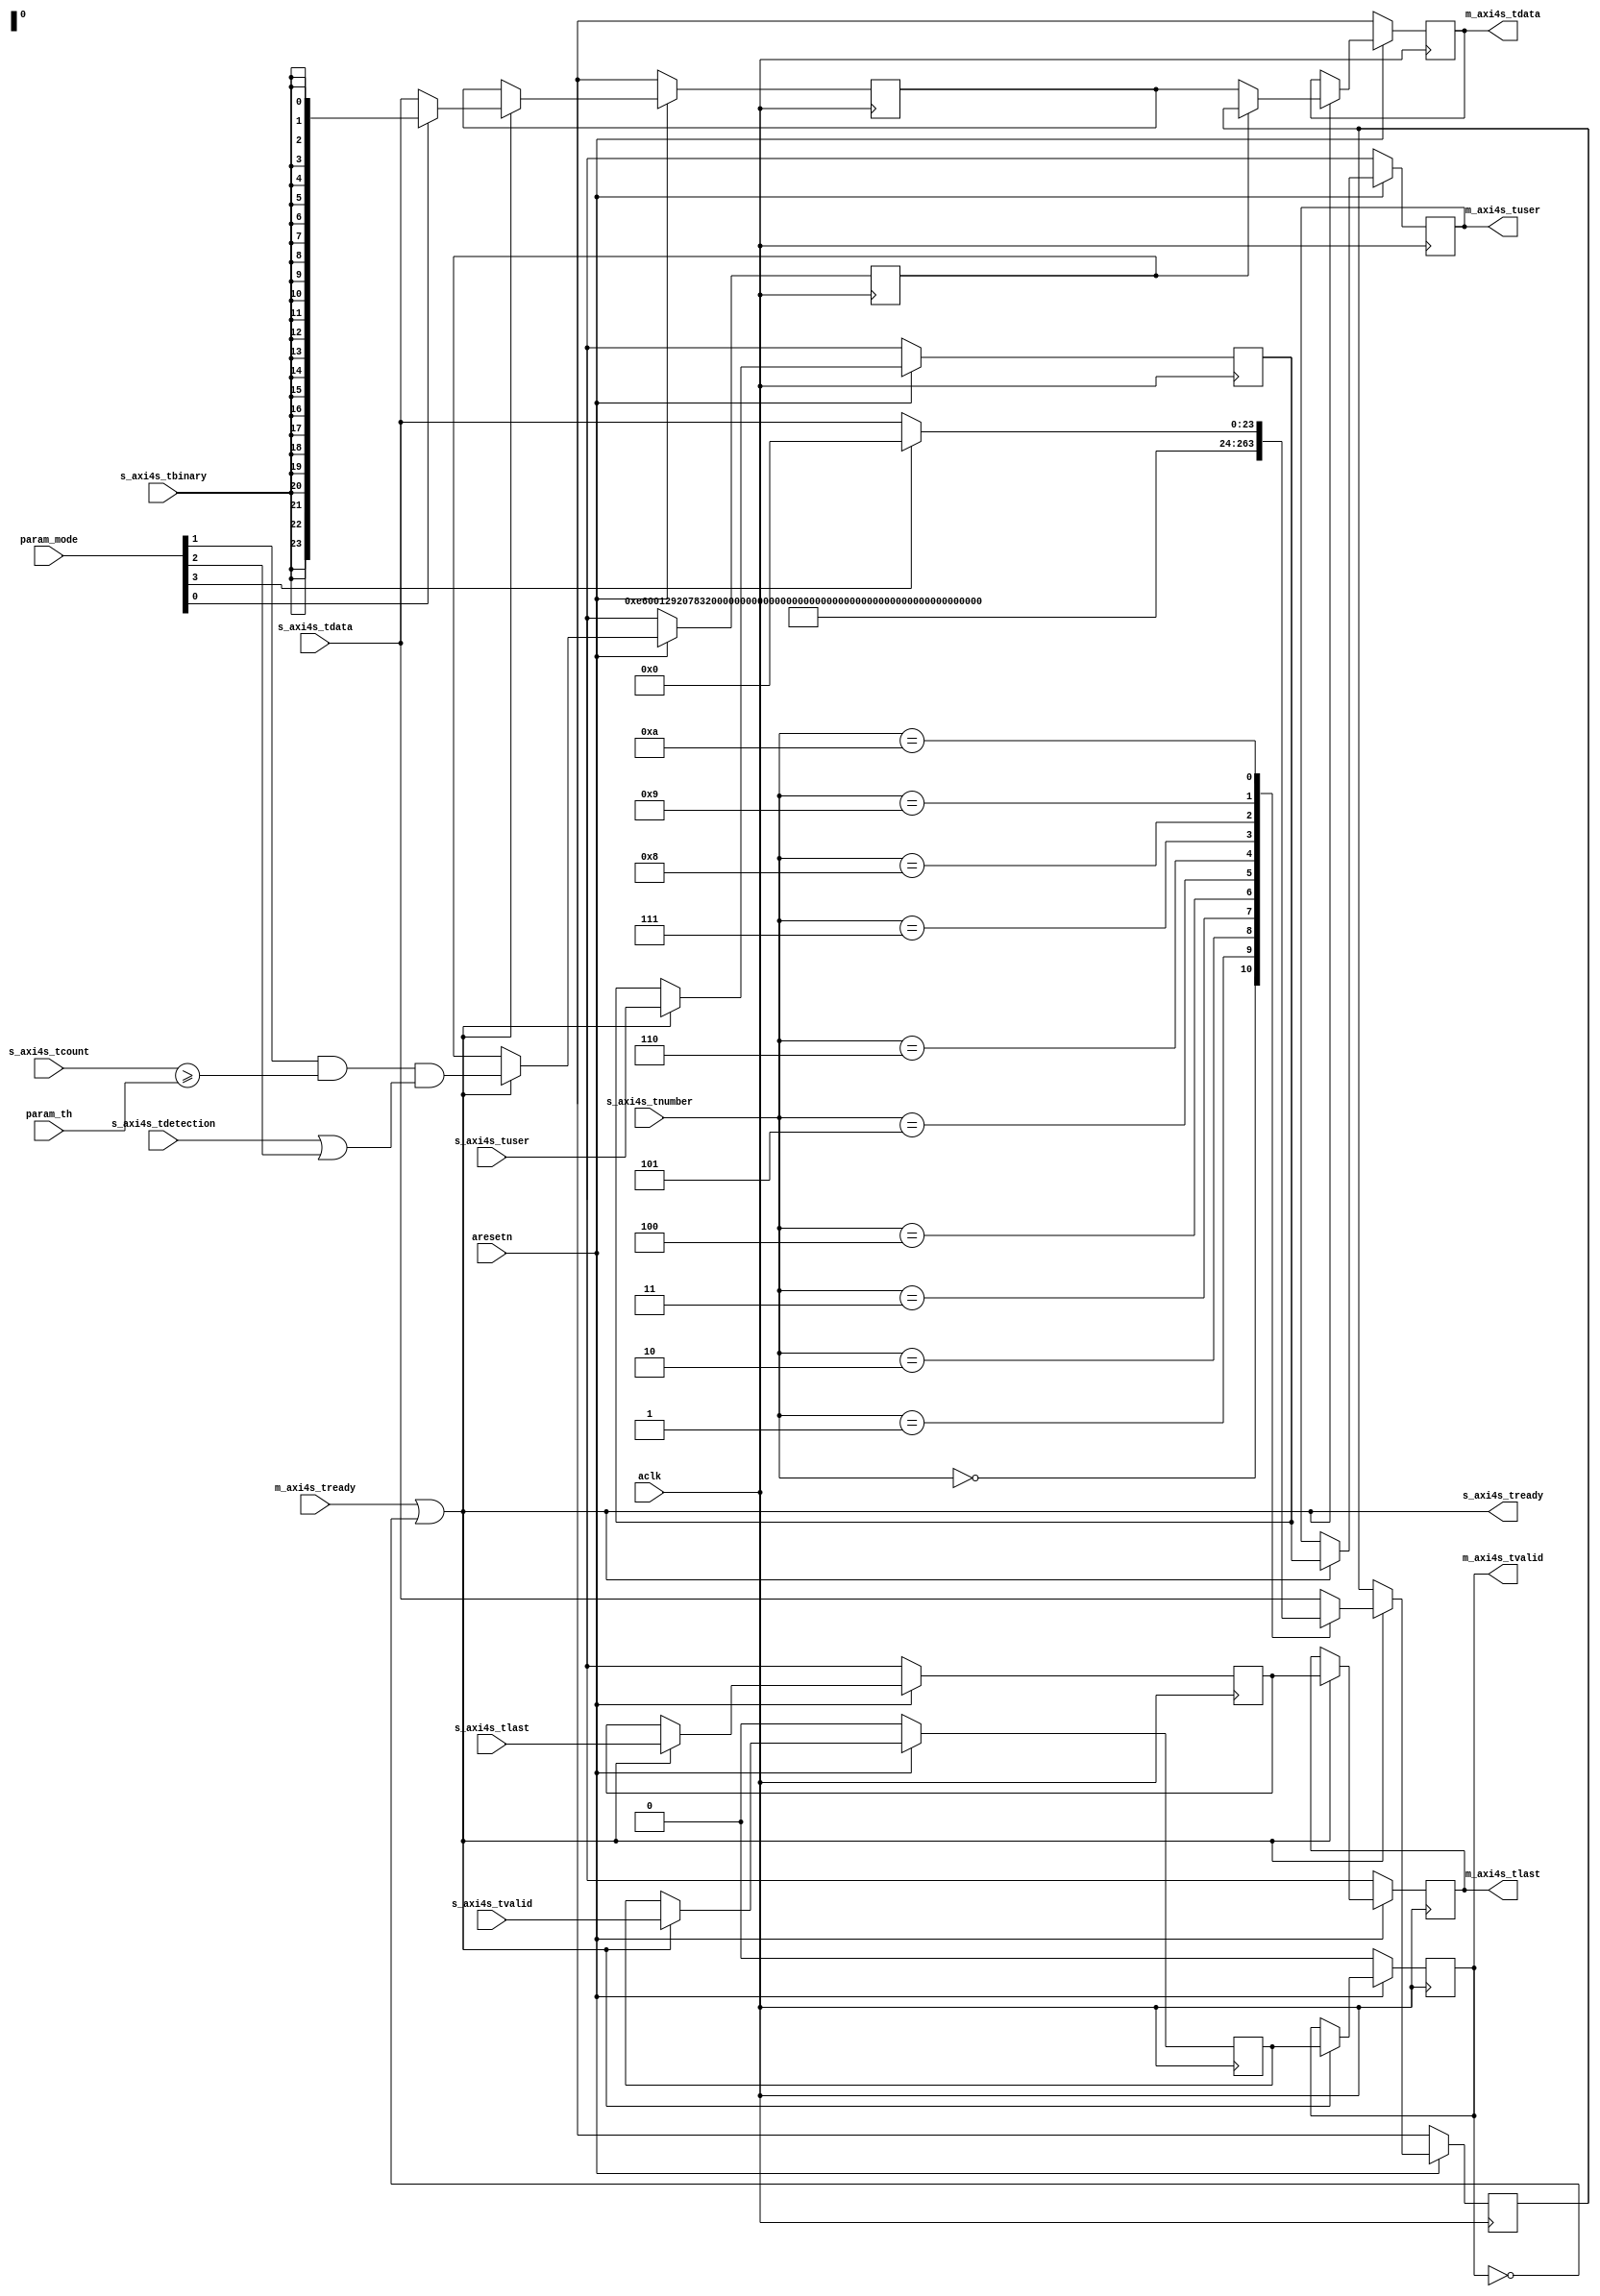
// This program was cloned from: https://github.com/ryuz/jelly
// License: MIT License

// ---------------------------------------------------------------------------
//  Jelly  -- the soft-core processor system
//   math
//
//                                 Copyright (C) 2008-2018 by Ryuz
//                                 https://github.com/ryuz/jelly.git
// ---------------------------------------------------------------------------



`timescale 1ns / 1ps
`default_nettype none


module video_mnist_seg_color_core
		#(
			parameter	TUSER_WIDTH   = 1,
			parameter	TDATA_WIDTH   = 24,
			parameter	TNUMBER_WIDTH = 4,
			parameter	TCOUNT_WIDTH  = 4
		)
		(
			input	wire						aresetn,
			input	wire						aclk,
			
			input	wire	[3:0]				param_mode,
			input	wire	[TCOUNT_WIDTH-1:0]	param_th,
			
			input	wire	[TUSER_WIDTH-1:0]	s_axi4s_tuser,
			input	wire						s_axi4s_tlast,
			input	wire	[TNUMBER_WIDTH-1:0]	s_axi4s_tnumber,
			input	wire	[TCOUNT_WIDTH-1:0]	s_axi4s_tcount,
			input	wire	[TDATA_WIDTH-1:0]	s_axi4s_tdata,
			input	wire	[0:0]				s_axi4s_tbinary,
			input	wire	[0:0]				s_axi4s_tdetection,
			input	wire						s_axi4s_tvalid,
			output	wire						s_axi4s_tready,
			
			output	wire	[TUSER_WIDTH-1:0]	m_axi4s_tuser,
			output	wire						m_axi4s_tlast,
			output	wire	[TDATA_WIDTH-1:0]	m_axi4s_tdata,
			output	wire						m_axi4s_tvalid,
			input	wire						m_axi4s_tready
		);
	
	// param_mode[0] : binary
	// param_mode[1] : color overlay
	// param_mode[2] : force overlay
	// param_mode[3] : bgc ON
	
	reg		[TUSER_WIDTH-1:0]		st0_user;
	reg								st0_last;
	reg		[TDATA_WIDTH-1:0]		st0_data;
	reg								st0_en;
	reg		[23:0]					st0_color;
	reg								st0_valid;
	
	reg		[TUSER_WIDTH-1:0]		st1_user;
	reg								st1_last;
	reg		[TDATA_WIDTH-1:0]		st1_data;
	reg								st1_valid;
	
	always @(posedge aclk) begin
		if ( ~aresetn ) begin
			st0_user   <= {TUSER_WIDTH{1'bx}};
			st0_last   <= 1'bx;
			st0_data   <= {TDATA_WIDTH{1'bx}};
			st0_en     <= 1'bx;
			st0_color  <= 24'hxx_xx_xx;
			st0_valid  <= 1'b0;
			
			st1_user   <= {TUSER_WIDTH{1'bx}};
			st1_last   <= 1'bx;
			st1_data   <= {TDATA_WIDTH{1'bx}};
			st1_valid  <= 1'b0;
		end
		else if ( s_axi4s_tready ) begin
			st0_user   <= s_axi4s_tuser;
			st0_last   <= s_axi4s_tlast;
			st0_data   <= param_mode[0] ? {TDATA_WIDTH{s_axi4s_tbinary}} : s_axi4s_tdata;
			st0_en     <= (param_mode[1] && (s_axi4s_tcount >= param_th)) && (s_axi4s_tdetection || param_mode[2]);
			
			st0_color  <= s_axi4s_tdata;
			case ( s_axi4s_tnumber )
			4'd0:		st0_color <= 24'he6_00_12;   // 0
			4'd1:		st0_color <= 24'h92_07_83;   // 1
			4'd2:		st0_color <= 24'h1d_20_88;   // 2
			4'd3:		st0_color <= 24'h00_68_b7;   // 3
			4'd4:		st0_color <= 24'h00_a0_e9;   // 4
			4'd5:		st0_color <= 24'h00_9e_96;   // 5
			4'd6:		st0_color <= 24'h00_99_44;   // 6
			4'd7:		st0_color <= 24'h8f_c3_1f;   // 7
			4'd8:		st0_color <= 24'hff_f1_00;   // 8
			4'd9:		st0_color <= 24'hf3_98_00;   // 9
			4'd10:		if ( param_mode[3] ) begin st0_color <= 24'h00_00_00; end   // BGC
//			default:	st0_color <= s_axi4s_tdata; // {s_axi4s_tdata[7:0], s_axi4s_tdata[15:8], s_axi4s_tdata[23:16]};
			endcase
			
			st0_valid  <= s_axi4s_tvalid;
			
			st1_user   <= st0_user;
			st1_last   <= st0_last;
			st1_data   <= st0_data; // 24'h40_40_40;
			if ( st0_en ) begin
	//			st1_data[ 7: 0] <= (({1'b0, st0_data[ 7: 0]} + {1'b0, st0_color[ 7: 0]}) >> 1);
	//			st1_data[15: 8] <= (({1'b0, st0_data[15: 8]} + {1'b0, st0_color[15: 8]}) >> 1);
	//			st1_data[23:16] <= (({1'b0, st0_data[23:16]} + {1'b0, st0_color[23:16]}) >> 1);
				st1_data <= st0_color;
	//			st1_data <= {st0_color[7:0], st0_color[15:8], st0_color[23:16]};
			end
			st1_valid  <= st0_valid;
		end
	end
	
	assign s_axi4s_tready = (m_axi4s_tready || !m_axi4s_tvalid);
	
	assign m_axi4s_tuser  = st1_user;
	assign m_axi4s_tlast  = st1_last;
	assign m_axi4s_tdata  = st1_data;
	assign m_axi4s_tvalid = st1_valid;
	
endmodule



`default_nettype wire



// end of file